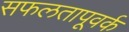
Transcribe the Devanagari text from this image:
सफलतापूवर्क